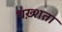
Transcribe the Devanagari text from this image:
बख़्शता